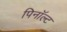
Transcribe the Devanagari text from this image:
पिनॉल्ट